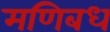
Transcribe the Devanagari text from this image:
मणिबध